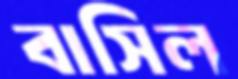
বাসিল